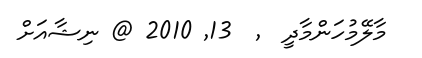
މާލޭމުހަންމާދީ